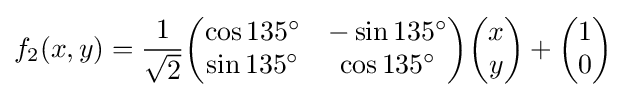
f_{2}(x,y)={\frac {1}{\sqrt {2}}}{\begin{pmatrix}\cos 135^{\circ }&-\sin 135^{\circ }\\\sin 135^{\circ }&\cos 135^{\circ }\end{pmatrix}}{\begin{pmatrix}x\\y\end{pmatrix}}+{\begin{pmatrix}1\\0\end{pmatrix}}